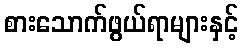
စားသောက်ဖွယ်ရာများနှင့်